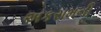
અકરામની